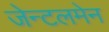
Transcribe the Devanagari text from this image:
जेन्टलमेन